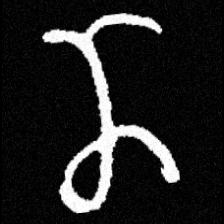
Pyu character \u2014 Myanmar letter: ဏ (romanized: nna)